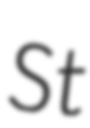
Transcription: St